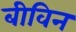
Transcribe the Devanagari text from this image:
बीविन